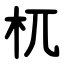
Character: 杌